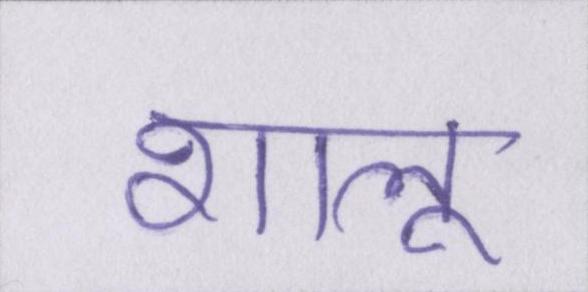
शालू